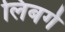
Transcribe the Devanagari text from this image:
लिबर्ग